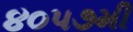
૪૦૫૭મી